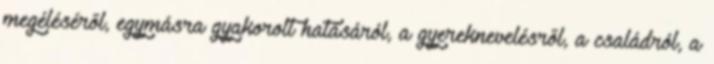
megéléséről, egymásra gyakorolt hatásáról, a gyereknevelésről, a családról, a